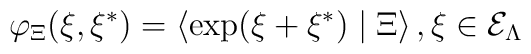
\varphi _\Xi (\xi ,\xi ^{*})=\left\langle \exp (\xi +\xi ^{*})\mid \Xi\right\rangle ,\xi \in {\cal E}_\Lambda